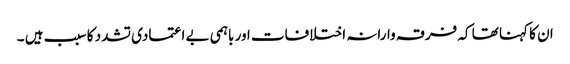
ان کا کہنا تھا کہ فرقہ وارانہ اختلافات اور باہمی بے اعتمادی تشدد کا سبب ہیں ۔